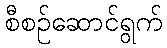
စီစဉ်ဆောင်ရွက်